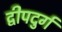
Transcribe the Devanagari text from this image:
द्वीपदुर्ग